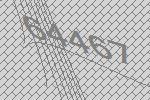
64467